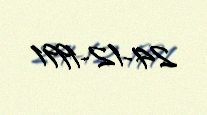
24-12-1991